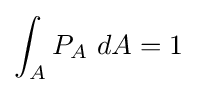
\int _{A}P_{A}~dA=1